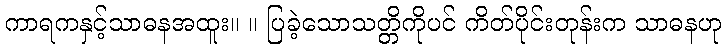
ကာရကနှင့်သာဓနအထူး။ ။ ပြခဲ့သောသတ္တိကိုပင် ကိတ်ပိုင်းတုန်းက သာဓနဟု